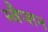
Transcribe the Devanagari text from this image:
स्वैप्शन